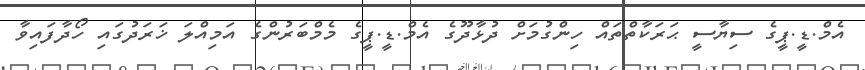
އެމް.ޑީ.ޕީގެ ސިޔާސީ ޙަރަކާތްތައް ހިންގުމަށް ދުޅާދޫގެ އެމް.ޑީ.ޕީގެ މެމްބަރުންގެ އަމިއްލަ ޚަރަދުގައި ހޯދާފައިވާ